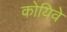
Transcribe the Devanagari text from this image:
कोयिवे